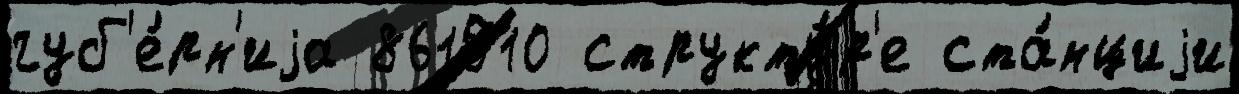
губ'е́рн'иjа 861510 структу́р'е ста́нциjи